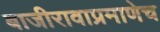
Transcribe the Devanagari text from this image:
बाजीरावाप्रमाणेच